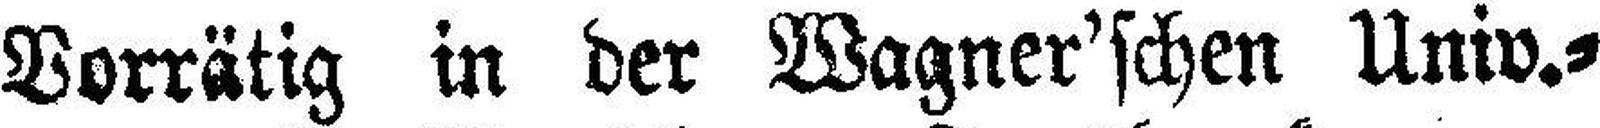
Vorrätig in der Wagner’schen Univ.=